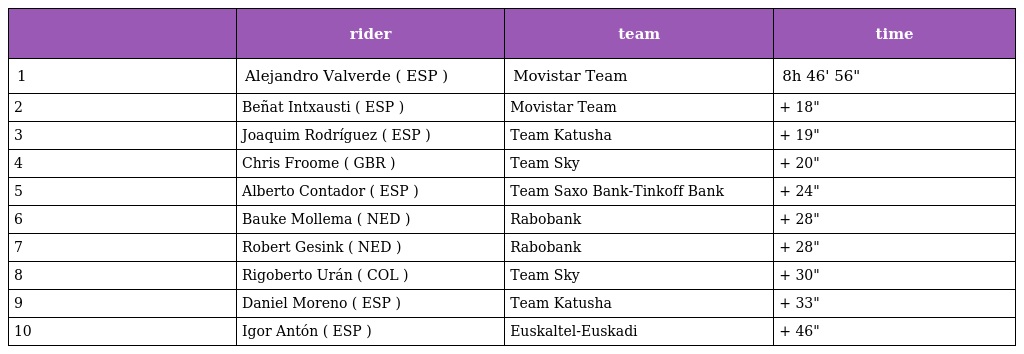
|  | rider | team | time |
 | --- | --- | --- | --- |
 | 1 | Alejandro Valverde ( ESP ) | Movistar Team | 8h 46' 56" |
 | 2 | Beñat Intxausti ( ESP ) | Movistar Team | + 18" |
 | 3 | Joaquim Rodríguez ( ESP ) | Team Katusha | + 19" |
 | 4 | Chris Froome ( GBR ) | Team Sky | + 20" |
 | 5 | Alberto Contador ( ESP ) | Team Saxo Bank-Tinkoff Bank | + 24" |
 | 6 | Bauke Mollema ( NED ) | Rabobank | + 28" |
 | 7 | Robert Gesink ( NED ) | Rabobank | + 28" |
 | 8 | Rigoberto Urán ( COL ) | Team Sky | + 30" |
 | 9 | Daniel Moreno ( ESP ) | Team Katusha | + 33" |
 | 10 | Igor Antón ( ESP ) | Euskaltel-Euskadi | + 46" |